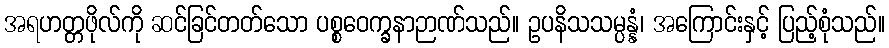
အရဟတ္တဖိုလ်ကို ဆင်ခြင်တတ်သော ပစ္စဝေက္ခနာဉာဏ်သည်။ ဥပနိသသမ္ပန္နံ၊ အကြောင်းနှင့် ပြည့်စုံသည်။